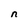
Character: n